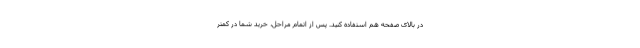
در بالای صفحه هم استفاده کنید. پس از اتمام مراحل، خرید شما در کمتر